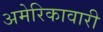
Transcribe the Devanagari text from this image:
अमेरिकावारी